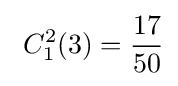
\ C_{1}^{2}(3)={\frac {17}{50}}